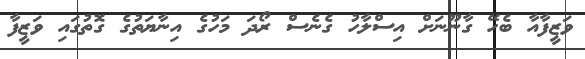
ވަޒީފާއާ ބެހޭ ގާނޫނަށް އިސްލާހު ގެނެސް ރޯދަ މަހުގެ އިނާޔަތުގެ ގޮތުގައި ވަޒީފާ